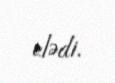
elədi.